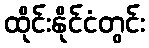
ထိုင်းနိုင်ငံတွင်း